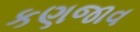
કણજાવ